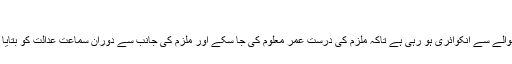
‘
ضلعی پولیس آفیسر نے ملزم کی عمر کے بارے میں بتایا کہ اس حوالے سے انکوائری ہو رہی ہے تاکہ ملزم کی درست عمر معلوم کی جا سکے اور ملزم کی جانب سے دوران سماعت عدالت کو بتایا گیا ہے کہ وہ آئندہ اس قسم کی پوسٹ کرنے سے اجتناب کریں گے۔